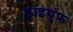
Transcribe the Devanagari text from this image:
ट्राइयुंफ